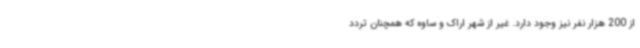
از 200 هزار نفر نیز وجود دارد. غیر از شهر اراک و ساوه که همچنان تردد